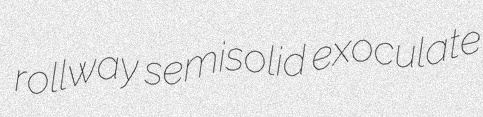
rollway semisolid exoculate